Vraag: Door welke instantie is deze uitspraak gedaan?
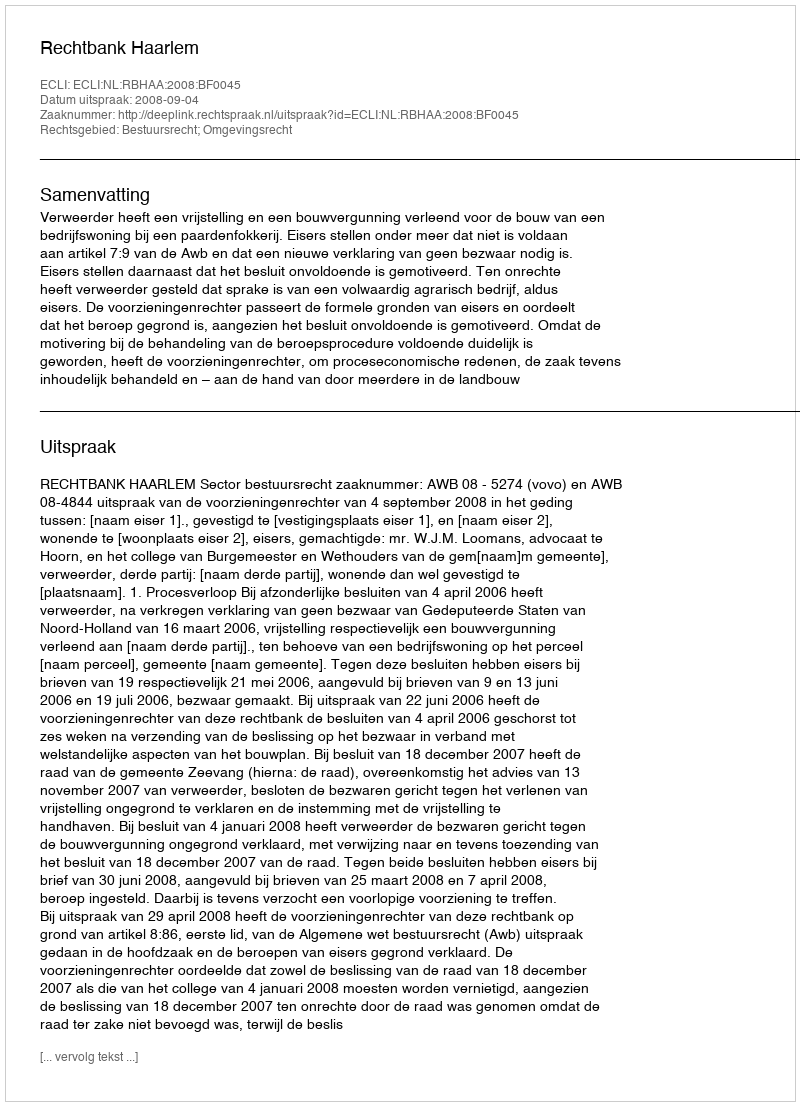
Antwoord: Rechtbank Haarlem